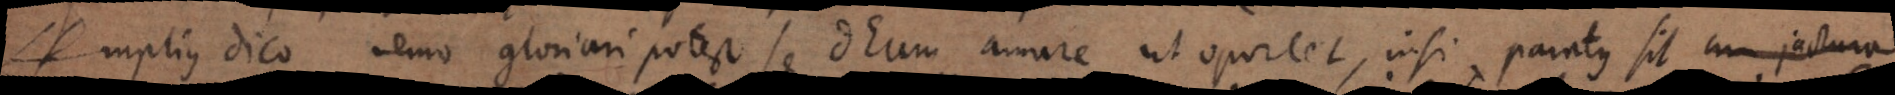
Amplius dico nemo gloriari potest se Deum amare ut oportet, nisi paratus sit